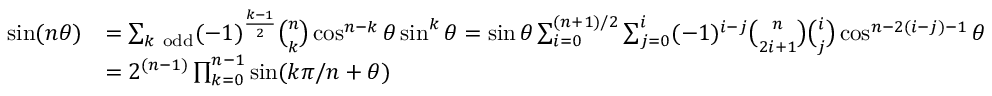
{ \begin{array} { r l } { \sin ( n \theta ) } & { = \sum _ { k { \mathrm { ~ o d d } } } ( - 1 ) ^ { \frac { k - 1 } { 2 } } { \binom { n } { k } } \cos ^ { n - k } \theta \sin ^ { k } \theta = \sin \theta \sum _ { i = 0 } ^ { ( n + 1 ) / 2 } \sum _ { j = 0 } ^ { i } ( - 1 ) ^ { i - j } { \binom { n } { 2 i + 1 } } { \binom { i } { j } } \cos ^ { n - 2 ( i - j ) - 1 } \theta } \\ { } & { = 2 ^ { ( n - 1 ) } \prod _ { k = 0 } ^ { n - 1 } \sin ( k \pi / n + \theta ) } \end{array} }